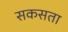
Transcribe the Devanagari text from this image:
सकसता